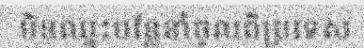
មិនឈ្នះបន្លែនាំចូលពីប្រទេស